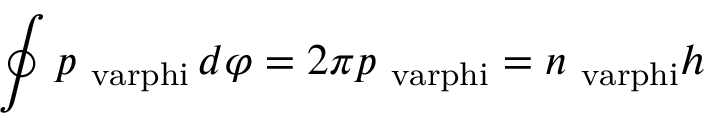
\oint p _ { \mathrm { \ v a r p h i } } \, d \varphi = 2 \pi p _ { \mathrm { \ v a r p h i } } = n _ { \mathrm { \ v a r p h i } } h